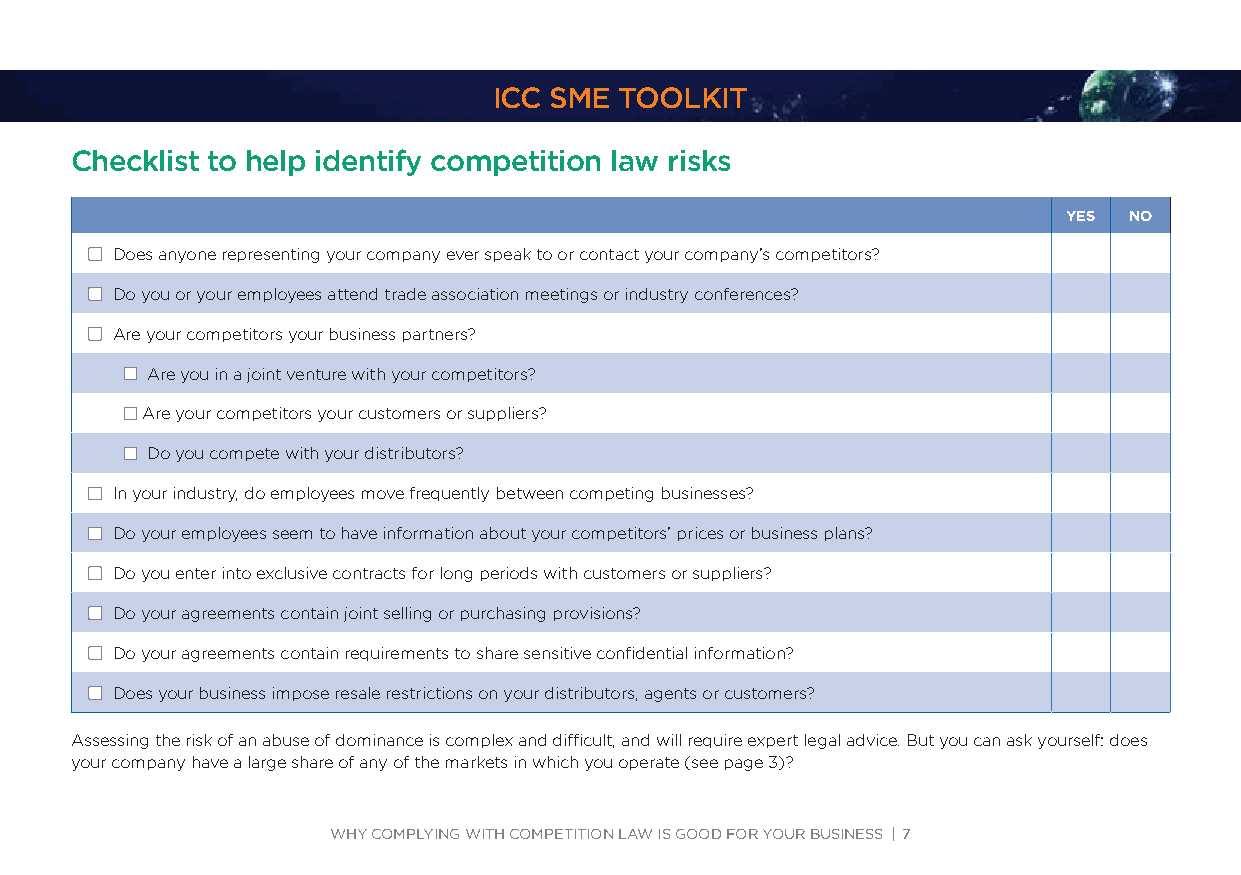
ICC SME TOOLKIT
 Checklist to help identify competition law risks
 YES NO
 JJDoes anyone representing your company ever speak to or contact your company’s competitors?
 JJDo you or your employees attend trade association meetings or industry conferences?
 JJAre your competitors your business partners?
 JJ Are you in a joint venture with your competitors?
 JJ Are your competitors your customers or suppliers?
 JJ Do you compete with your distributors?
 JJIn your industry, do employees move frequently between competing businesses?
 JJDo your employees seem to have information about your competitors’ prices or business plans?
 JJDo you enter into exclusive contracts for long periods with customers or suppliers?
 JJDo your agreements contain joint selling or purchasing provisions?
 JJDo your agreements contain requirements to share sensitive confidential information?
 JJDoes your business impose resale restrictions on your distributors, agents or customers?
 Assessing the risk of an abuse of dominance is complex and difficult, and will require expert legal advice. But you can ask yourself: does
 your company have a large share of any of the markets in which you operate (see page 3)?
 WHY COMPLYING WITH COMPETITION LAW IS GOOD FOR YOUR BUSINESS | 7